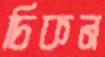
চিকন